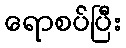
ရောစပ်ပြီး